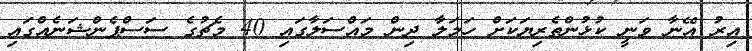
އިރު އޭނާ ވަނީ ކުޅުންތެރިޔަކަށް ހަމަލާ ދިން މައްސަލާގައި 40 މެޗުގެ ސަސްޕެންޝަނެއްގައި